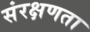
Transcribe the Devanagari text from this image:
संरक्षणता